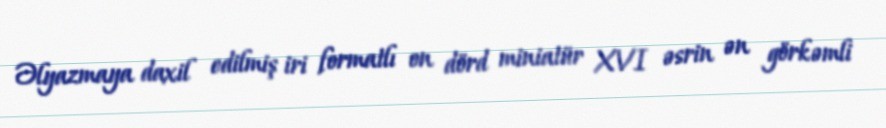
Əlyazmaya daxil edilmiş iri formatlı on dörd miniatür XVI əsrin ən görkəmli